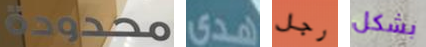
محدودة هدى رجل بشكل